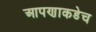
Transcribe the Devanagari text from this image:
आपणाकडेच